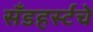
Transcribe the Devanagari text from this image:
सँडहर्स्टचे